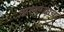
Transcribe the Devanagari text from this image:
अाणण्याचा